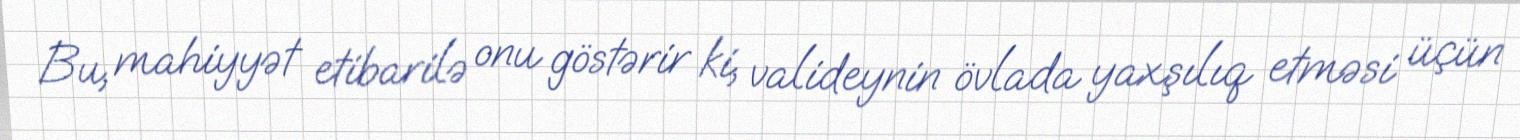
Bu, mahiyyət etibarilə onu göstərir ki, valideynin övlada yaxşılıq etməsi üçün